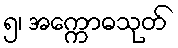
၅၊ အက္ကောဓသုတ်